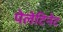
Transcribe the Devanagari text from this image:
पेलेटिनेट